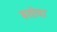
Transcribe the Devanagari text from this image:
बसोया